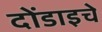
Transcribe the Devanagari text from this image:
दोंडाइचे